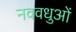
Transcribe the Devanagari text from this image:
नववधुओं